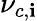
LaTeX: \nu_{c,\mathbf{i}}